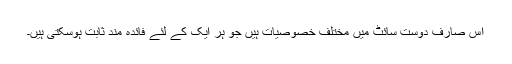
اس صارف دوست سائٹ میں مختلف خصوصیات ہیں جو ہر ایک کے لئے فائدہ مند ثابت ہوسکتی ہیں۔